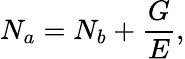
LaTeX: N_{a}=N_{b}+\frac{G}{E},